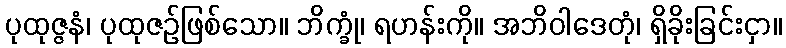
ပုထုဇ္ဇနံ၊ ပုထုဇဉ်ဖြစ်သော။ ဘိက္ခုံ၊ ရဟန်းကို။ အဘိဝါဒေတုံ၊ ရှိခိုးခြင်းငှာ။